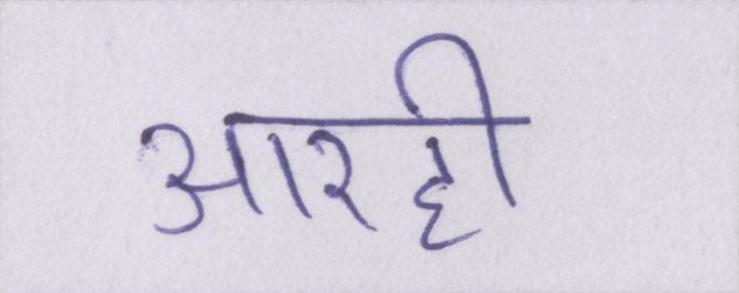
आरही